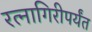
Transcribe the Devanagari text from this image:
रत्‍नागिरीपर्यंत